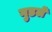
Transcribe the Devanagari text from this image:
गुडले